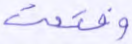
وفتحت